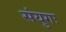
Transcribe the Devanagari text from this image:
संयुगः